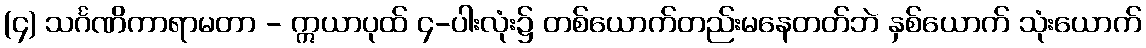
(၄) သင်္ဂဏိကာရာမတာ - ဣယာပုထ် ၄-ပါးလုံး၌ တစ်ယောက်တည်းမနေတတ်ဘဲ နှစ်ယောက် သုံးယောက်